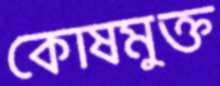
কোষমুক্ত